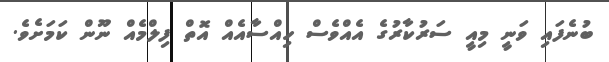
ބުނެފައި ވަނީ މިއީ ސަރުކާރުގެ އެއްވެސް ހިއްސާއެއް އޮތް ފިލްމެއް ނޫން ކަމަށެވެ.